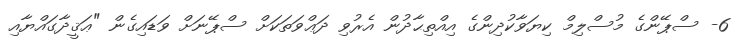
6- ސްޕޭންގެ މުސްލިމް ކިޔަވާކުދިންގެ އިއްތިޙާދުން އެރުވި ދަޢްވަތަކަށް ސްޕޭނަށް ވަޑައިގެން "ޢަޤީދާގައްޔާއި